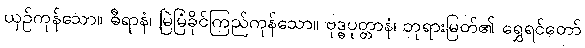
ယှဉ်ကုန်သော။ ဓီရာနံ၊ မြဲမြံခိုင်ကြည်ကုန်သော။ ဗုဒ္ဓပုတ္တာနံ၊ ဘုရားမြတ်၏ ရွှေရင်တော်